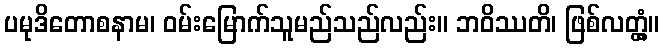
ပမုဒိတောစနာမ၊ ဝမ်းမြောက်သူမည်သည်လည်း။ ဘဝိဿတိ၊ ဖြစ်လတ္တံ့။